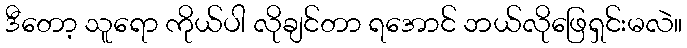
ဒီတော့ သူရော ကိုယ်ပါ လိုချင်တာ ရအောင် ဘယ်လိုဖြေရှင်းမလဲ။